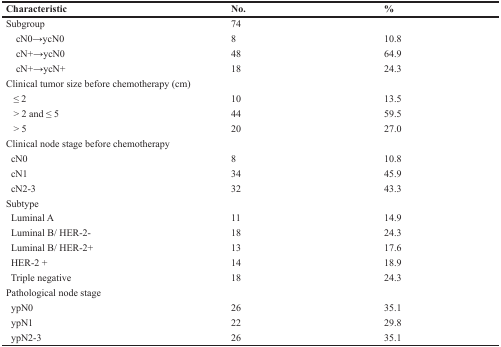
| Characteristic | No. | % |
 | --- | --- | --- |
 | Subgroup | 74 |  |
 | cN0→ycN0 | 8 | 10.8 |
 | cN+→ycN0 | 48 | 64.9 |
 | cN+→ycN+ | 18 | 24.3 |
 | Clinical tumor size before chemotherapy (cm) |  |  |
 | ≤ 2 | 10 | 13.5 |
 | > 2 and ≤ 5 | 44 | 59.5 |
 | > 5 | 20 | 27.0 |
 | Clinical node stage before chemotherapy |  |  |
 | cN0 | 8 | 10.8 |
 | cN1 | 34 | 45.9 |
 | cN2-3 | 32 | 43.3 |
 | Subtype |  |  |
 | Luminal A | 11 | 14.9 |
 | Luminal B/ HER-2- | 18 | 24.3 |
 | Luminal B/ HER-2+ | 13 | 17.6 |
 | HER-2 + | 14 | 18.9 |
 | Triple negative | 18 | 24.3 |
 | Pathological node stage |  |  |
 | ypN0 | 26 | 35.1 |
 | ypN1 | 22 | 29.8 |
 | ypN2-3 | 26 | 35.1 |